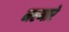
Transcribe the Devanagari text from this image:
मरणारे